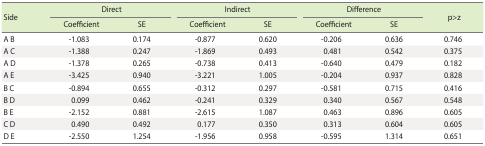
| <ROWSPAN=2> Side | <COLSPAN=2> Direct | <COLSPAN=2> Indirect | <COLSPAN=2> Difference | <ROWSPAN=2> p>z |
 | Coefficient | SE | Coefficient | SE | Coefficient | SE |
 | --- | --- | --- | --- | --- | --- | --- | --- |
 | A B | -1.083 | 0.174 | -0.877 | 0.620 | -0.206 | 0.636 | 0.746 |
 | A C | -1.388 | 0.247 | -1.869 | 0.493 | 0.481 | 0.542 | 0.375 |
 | A D | -1.378 | 0.265 | -0.738 | 0.413 | -0.640 | 0.479 | 0.182 |
 | A E | -3.425 | 0.940 | -3.221 | 1.005 | -0.204 | 0.937 | 0.828 |
 | B C | -0.894 | 0.655 | -0.312 | 0.297 | -0.581 | 0.715 | 0.416 |
 | B D | 0.099 | 0.462 | -0.241 | 0.329 | 0.340 | 0.567 | 0.548 |
 | B E | -2.152 | 0.881 | -2.615 | 1.087 | 0.463 | 0.896 | 0.605 |
 | C D | 0.490 | 0.492 | 0.177 | 0.350 | 0.313 | 0.604 | 0.605 |
 | D E | -2.550 | 1.254 | -1.956 | 0.958 | -0.595 | 1.314 | 0.651 |